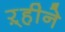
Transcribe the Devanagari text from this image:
ऱ्हीने